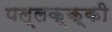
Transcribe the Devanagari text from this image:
पल्लक्क्की